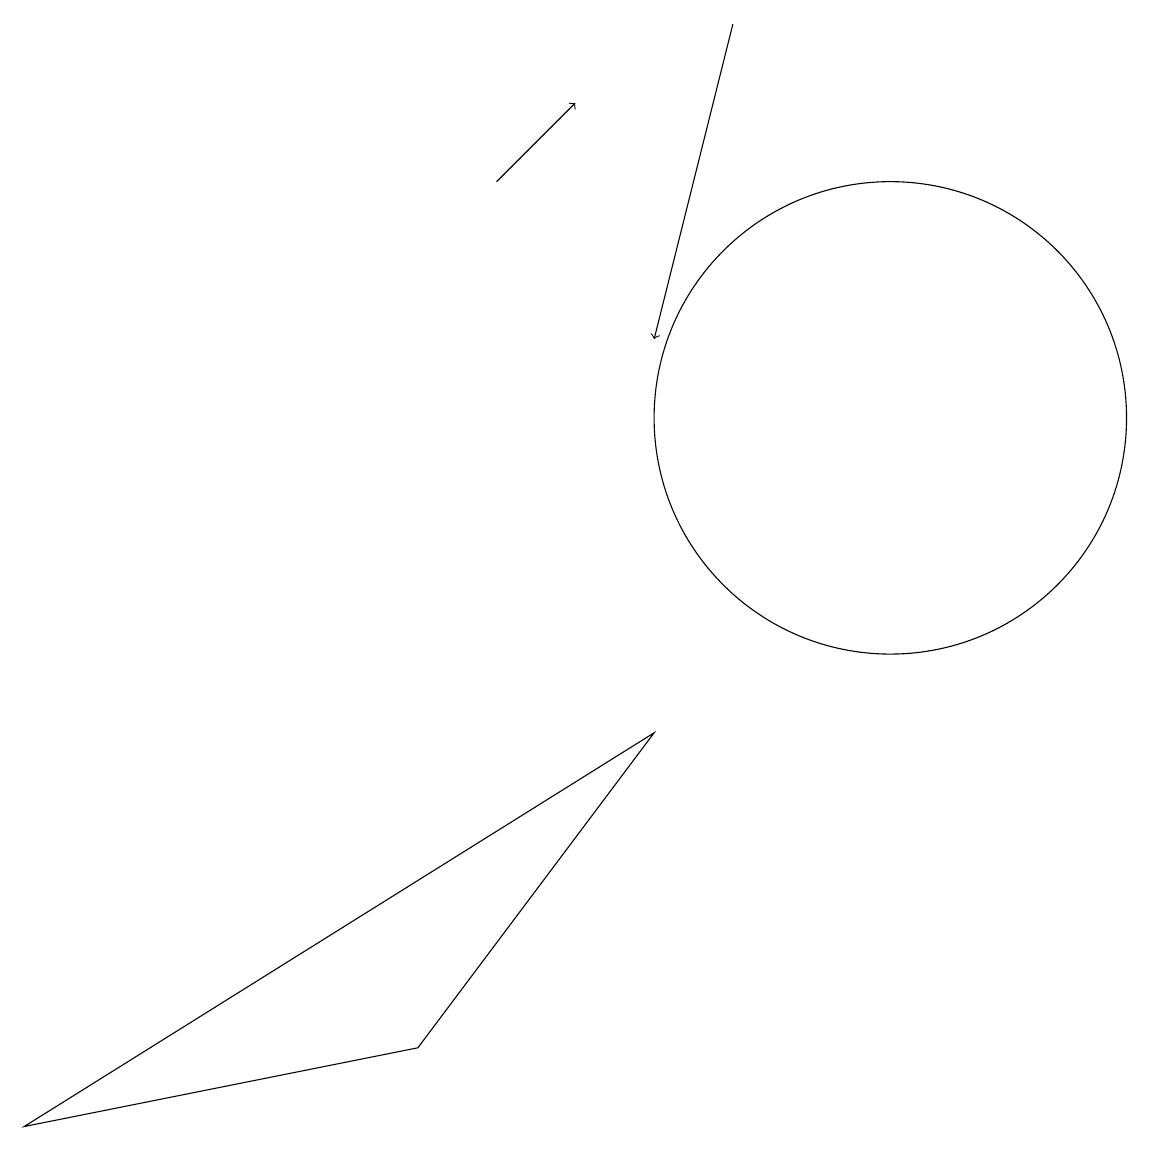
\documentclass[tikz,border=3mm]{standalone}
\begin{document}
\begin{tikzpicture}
\draw (11,10) circle (3);
\draw[->] (6,13) -- (7,14);
\draw[->] (9,15) -- (8,11);
\draw (0,1) -- (8,6) -- (5,2) -- cycle;
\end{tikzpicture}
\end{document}